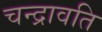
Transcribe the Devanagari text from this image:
चन्द्रावति